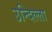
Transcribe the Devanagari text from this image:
उन्दिल्ला